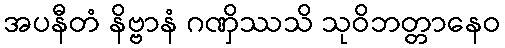
အပနီတံ နိဗ္ဗာနံ ဂဏှိဿသိ သုဝိဘတ္တာနေဝ